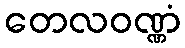
တေလဝဏ္ဏံ